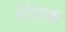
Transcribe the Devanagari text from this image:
बेफ़िक्र